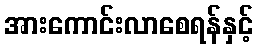
အားကောင်းလာစေရန်နှင့်